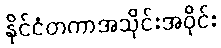
နိုင်ငံတကာအသိုင်းအဝိုင်း